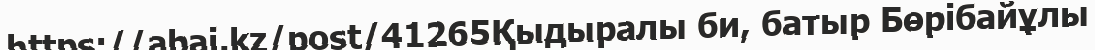
https://abai.kz/post/41265Қыдыралы би, батыр Бөрібайұлы